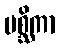
မစ္ဆိကာ